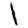
Digit: 1